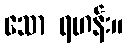
သော ရဟန်း။